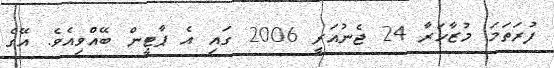
ފުރަތަމަ މުޒާހަރާ 24 ޖެނުއަރީ 2006 ގައި އެ ޕާޓީން ބޭއްވިއެވެ. އޭގެ